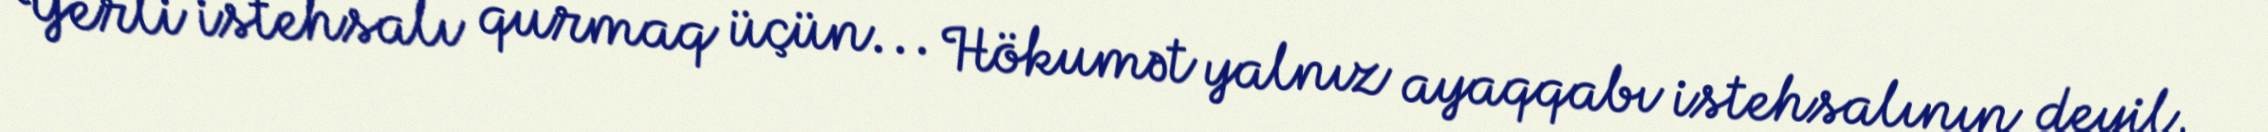
Yerli istehsalı qurmaq üçün... Hökumət yalnız ayaqqabı istehsalının deyil,